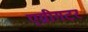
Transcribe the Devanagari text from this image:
एग्रीगटर